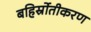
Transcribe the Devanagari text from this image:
बहिर्स्रोतीकरण